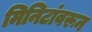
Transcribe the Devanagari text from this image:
मिनिटांवरून